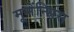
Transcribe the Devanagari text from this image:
मूमेंन्सिस